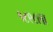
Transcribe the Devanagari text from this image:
१८९८ला